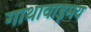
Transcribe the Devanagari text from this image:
गाथावाड्मय